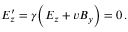
E _ { z } ^ { \prime } = \gamma \Big ( E _ { z } + v B _ { y } \Big ) = 0 \, .